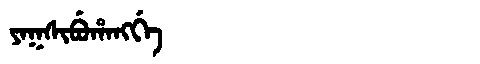
Manchu: ᠶᠠᡴᠰᡳᠪᡠᡥᠠᠩᡤᡝ
Romanization: YAKSIBUHANGGE